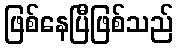
ဖြစ်နေပြီဖြစ်သည်